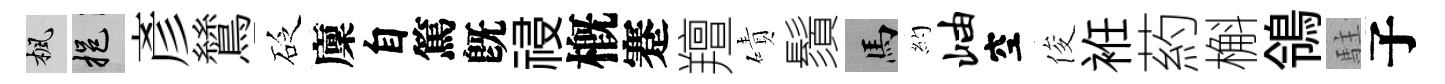
楓挹彥鷥砭廩自篤旣祲槪蹇羶磧鬚馬約岫空俊袵葯槲鴒駐子